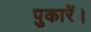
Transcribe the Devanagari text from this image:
पुकारें।